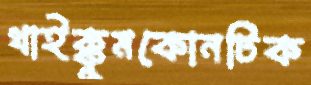
থাইক্কুমকোনটিক